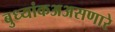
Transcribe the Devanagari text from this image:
बुध्यांकअअसणारे